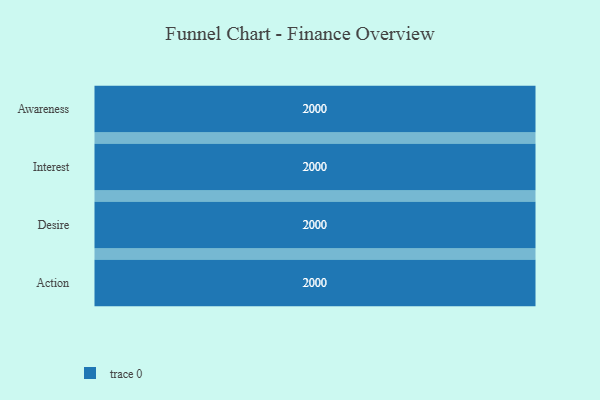
{"axis": {"x": "Stage", "y": "Value"}, "legend": [""], "data": [{"x": "Awareness", "y": 2000, "type": ""}, {"x": "Interest", "y": 2000, "type": ""}, {"x": "Desire", "y": 2000, "type": ""}, {"x": "Action", "y": 2000, "type": ""}]}